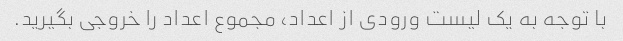
با توجه به یک لیست ورودی از اعداد، مجموع اعداد را خروجی بگیرید.